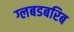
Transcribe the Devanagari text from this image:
ग्लबडबरिब